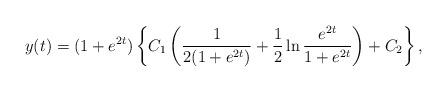
LaTeX: \begin{align*}y(t)=(1+e^{2t})\left\{C_1\left(\frac{1}{2(1+e^{2t})}+\frac{1}{2}\ln\frac{e^{2t}}{1+e^{2t}}\right)+C_2\right\},\end{align*}